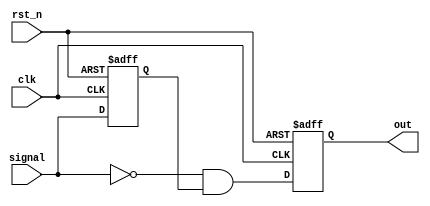
//////////////////////////////////////////////////////////////////////////////////
// Dmitry Koroteev
// korob14@gmail.com
//////////////////////////////////////////////////////////////////////////////////
module detect_falling_edge
(
	input wire clk,
	input wire rst_n,
	input wire signal,
	output reg out
);

reg signal_delayed;

always @(posedge clk or negedge rst_n)
if (!rst_n) begin
	signal_delayed <= 0;
	out <= 0;
	end
else begin
	signal_delayed	<= signal;
	out <= ~signal & signal_delayed;
	end
endmodule